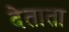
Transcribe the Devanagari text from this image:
देताता